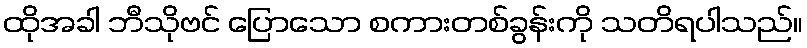
ထိုအခါ ဘီသိုဗင် ပြောသော စကားတစ်ခွန်းကို သတိရပါသည်။